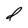
Character: d